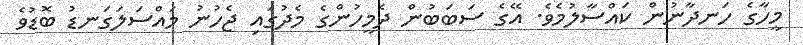
މީހާގެ ހަނދާނުން ކައްސާލުމެވެ. އޭގެ ސަބަބުން ދެމީހުންގެ މެދުގައި ޖެހުނު މައްސަލަގަނޑު ބޮޑުވެ